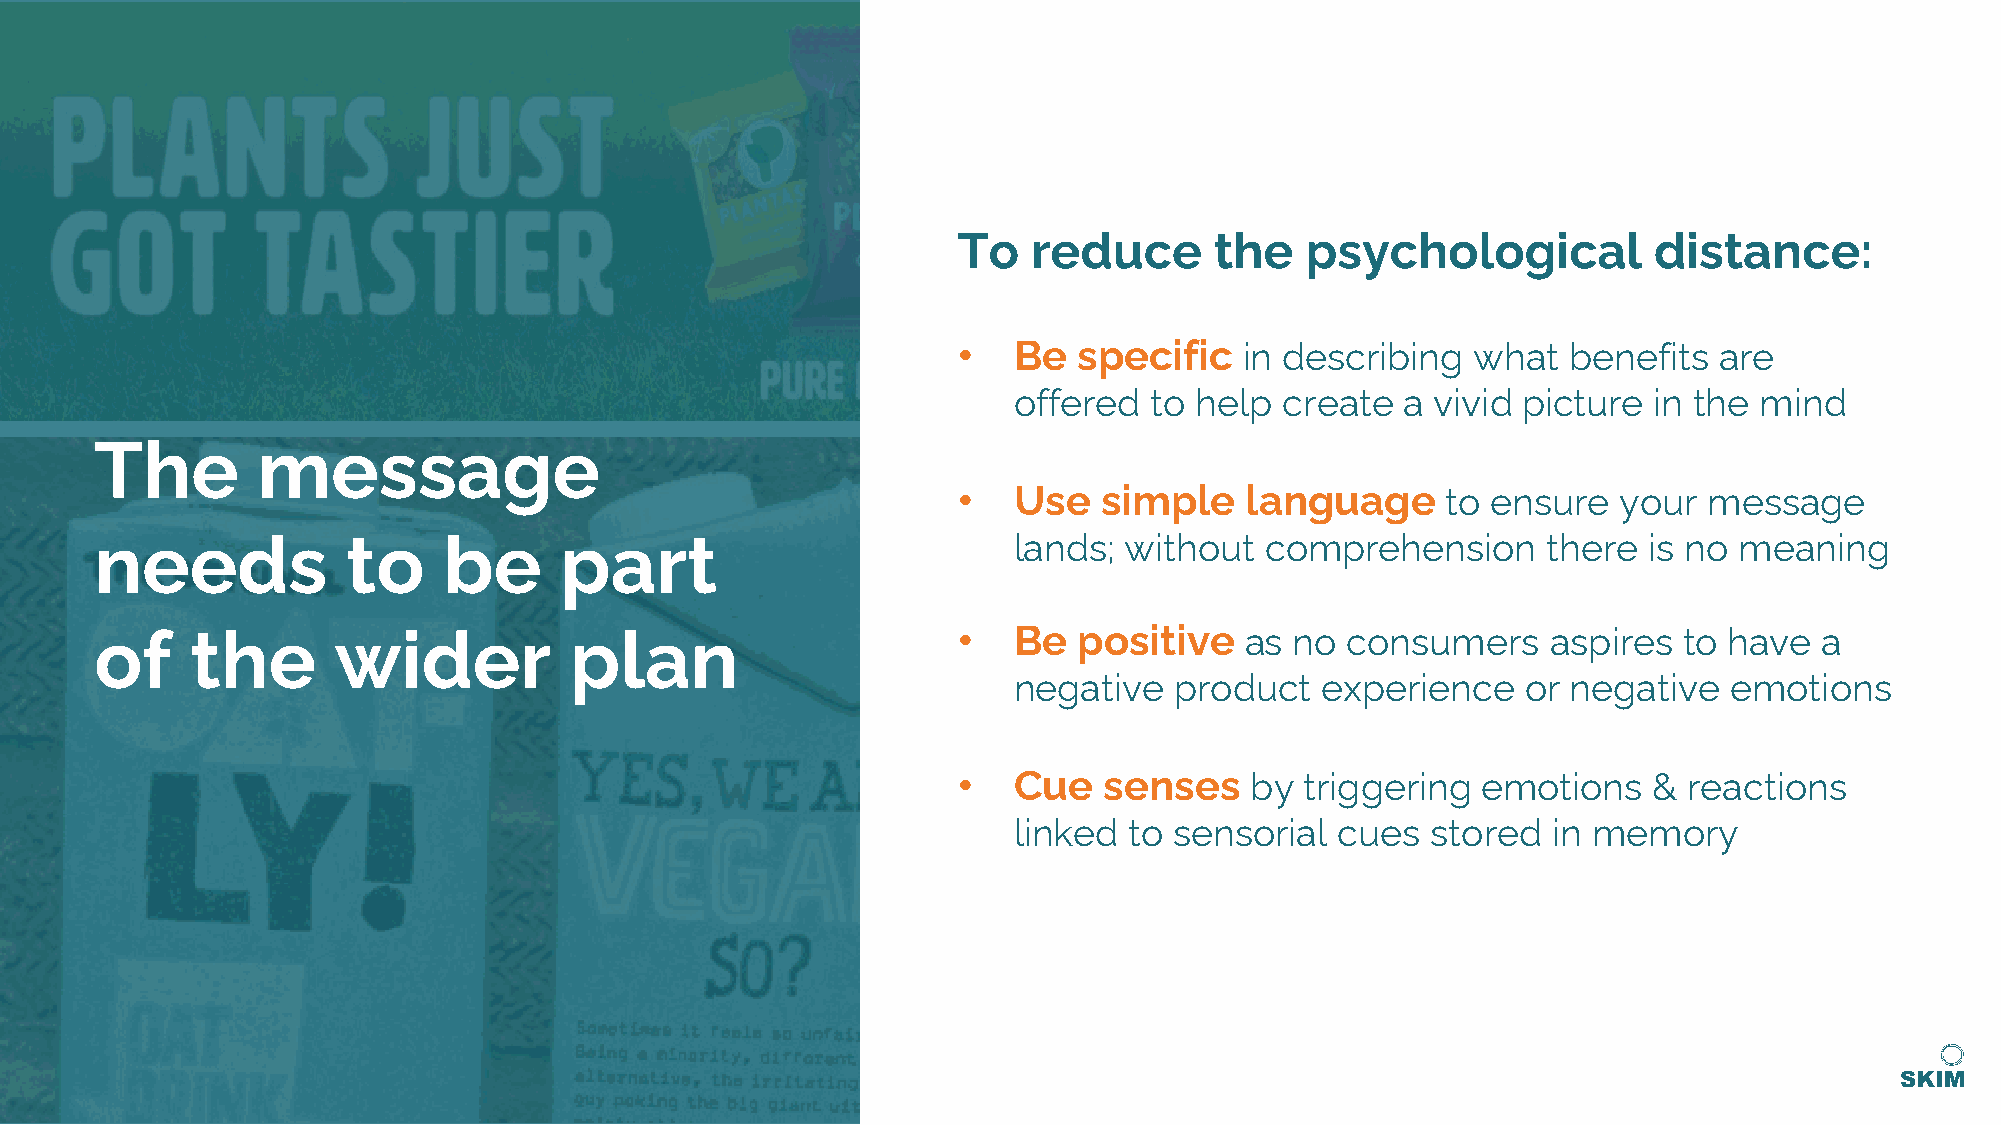
To   reduce      the   psychological          distance:
 •   Be  specific   in describing   what  benefits  are
 offered  to help  create  a vivid picture in the mind
 The        message
 •   Use   simple   language      to ensure  your  message
 needs            to    be      part                          lands; without   comprehension     there  is no meaning
 of     the      wider           plan                     •   Be  positive   as  no consumers     aspires to have   a
 negative   product  experience    or negative  emotions
 •   Cue   senses    by triggering  emotions   &  reactions
 linked  to sensorial  cues  stored  in memory